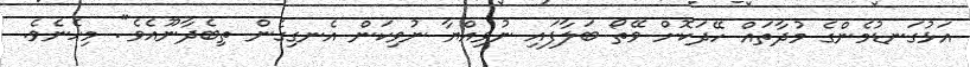
އަޅުގަނޑުމެންގެ މުދާތައް ހޭދަކޮށް ވޭތޯ ބަލާފައި ނުވިއްޔާ ނުވިކަން އެނގިގެން ތިބެދާނޫއެވެ". މިހެނެވެ.